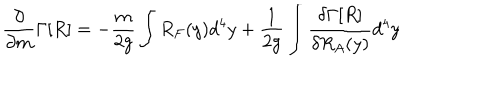
LaTeX: \frac { \partial } { { \partial } m } \Gamma [ R ] = - \frac { m } { 2 g } \int R _ { F } ( y ) d ^ { 4 } y + \frac { 1 } { 2 g } \int \frac { \delta \Gamma [ R ] } { \delta R _ { A } ( y ) } d ^ { 4 } y